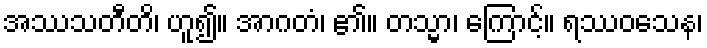
အဿသတီတိ၊ ဟူ၍။ အာဂတံ၊ ၏။ တသ္မာ၊ ကြောင့်။ ရဿဝသေန၊